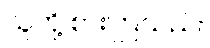
သူတို့ စားကြသည်။